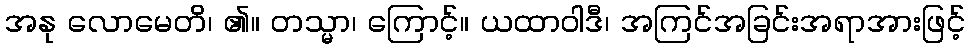
အနု လောမေတိ၊ ၏။ တသ္မာ၊ ကြောင့်။ ယထာဝါဒီ၊ အကြင်အခြင်းအရာအားဖြင့်